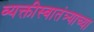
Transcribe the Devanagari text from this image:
व्यक्तीस्वातंत्र्याच्या